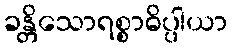
ခန္တိသောရစ္စာဓိပ္ပါယာ